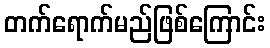
တက်ရောက်မည်ဖြစ်ကြောင်း